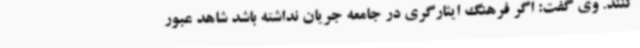
کنند. وی گفت: اگر فرهنگ ایثارگری در جامعه جریان نداشته باشد شاهد عبور